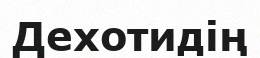
Дехотидің